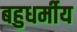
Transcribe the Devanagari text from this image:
बहुधर्मीय